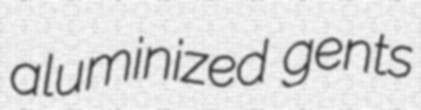
aluminized gents